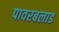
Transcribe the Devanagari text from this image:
पावरबलाड